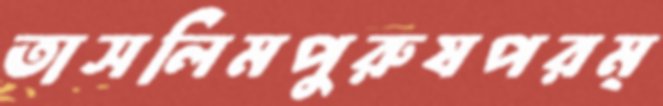
তাসলিমপুরুষপরম্